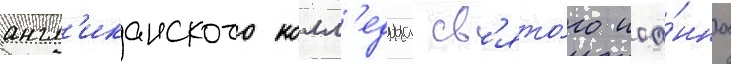
англ'иканского колл'еджа св'ято́го иоа́нна